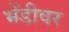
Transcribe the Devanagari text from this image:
भेंडीवर